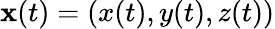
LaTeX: \mathbf{x}(t)=(x(t),y(t),z(t))